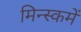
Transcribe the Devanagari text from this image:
मिन्स्कमें